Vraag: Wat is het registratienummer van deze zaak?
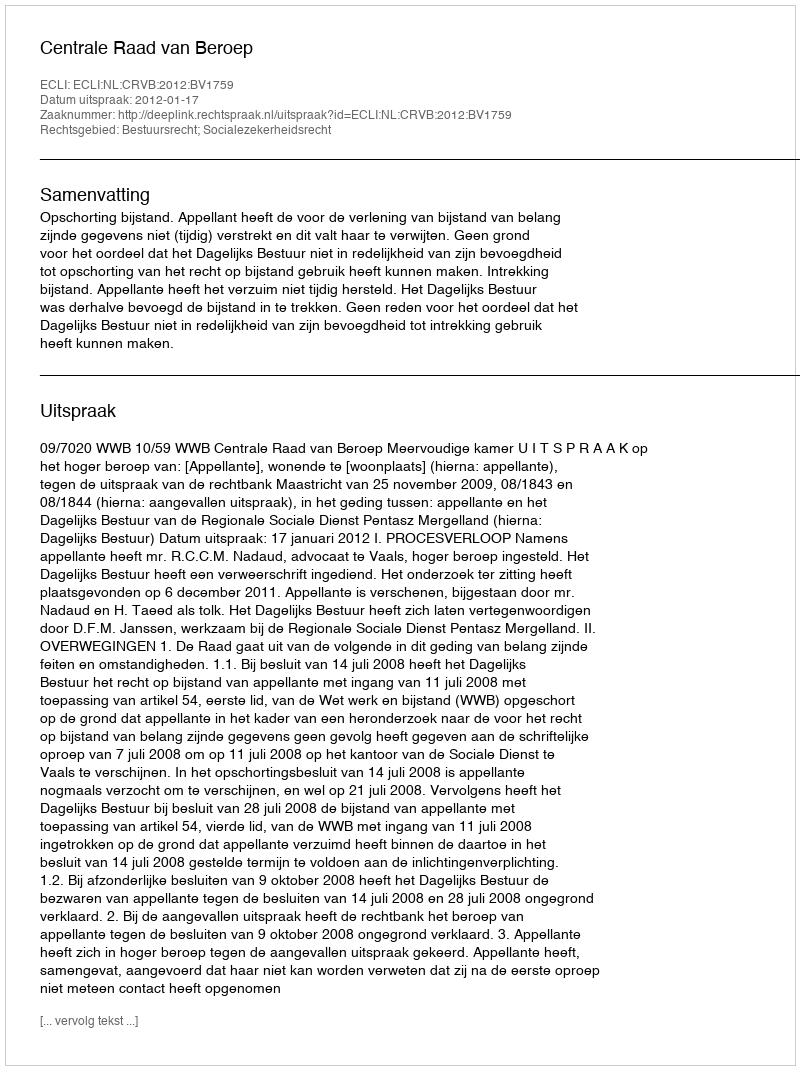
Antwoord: http://deeplink.rechtspraak.nl/uitspraak?id=ECLI:NL:CRVB:2012:BV1759